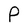
Character: P